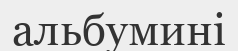
альбумині